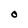
Character: O